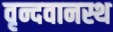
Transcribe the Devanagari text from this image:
वृन्दवानस्थ